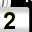
Digit: 2